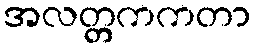
အလတ္တကကတာ